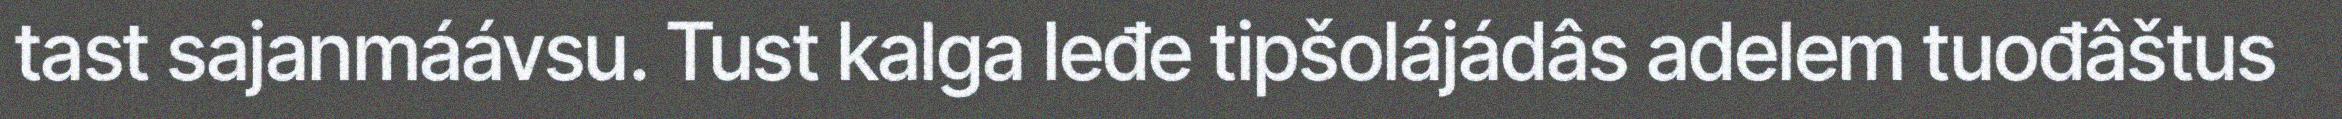
tast sajanmáávsu. Tust kalga leđe tipšolájádâs adelem tuođâštus